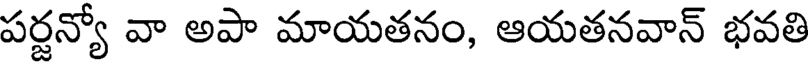
పర్జన్యో వా అపా మాయతనం, ఆయతనవాన్ భవతి